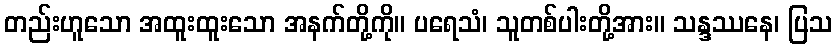
တည်းဟူသော အထူးထူးသော အနက်တို့ကို။ ပရေသံ၊ သူတစ်ပါးတို့အား။ သန္ဒဿနေ၊ ပြသ